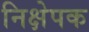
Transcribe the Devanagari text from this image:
निक्षेपक